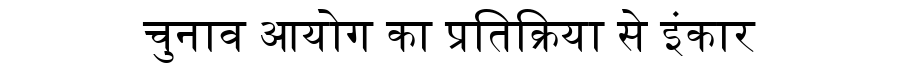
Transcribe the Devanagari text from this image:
चुनाव आयोग का प्रतिक्रिया से इंकार